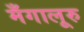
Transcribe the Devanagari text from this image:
मँगालूरु